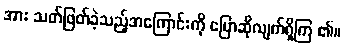
အား သတ်ဖြတ်ခဲ့သည့်အကြောင်းကို ပြောဆိုလျက်ရှိကြ ၏။